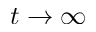
t \to \infty